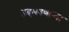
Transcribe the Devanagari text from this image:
उद्‌भवणार्‍या